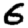
Digit: 6